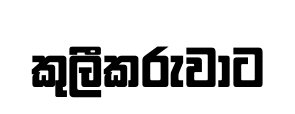
කුලීකරුවාට